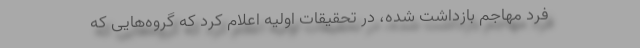
فرد مهاجم بازداشت شده، در تحقیقات اولیه اعلام کرد که گروه‌هایی که